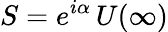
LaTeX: S=e^{i\alpha}\, U(\infty)